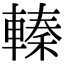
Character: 轃